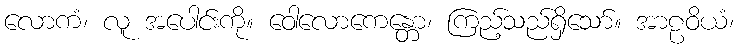
လောကံ၊ လူ အပေါင်းကို။ ဝေါလောကေန္တော၊ ကြည့်သည်ရှိသော်။ အာဠဝိယံ၊